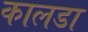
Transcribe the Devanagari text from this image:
कालडा